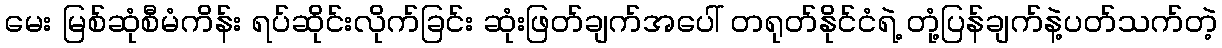
မေး မြစ်ဆုံစီမံကိန်း ရပ်ဆိုင်းလိုက်ခြင်း ဆုံးဖြတ်ချက်အပေါ် တရုတ်နိုင်ငံရဲ့ တုံ့ပြန်ချက်နဲ့ပတ်သက်တဲ့